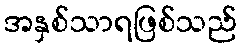
အနှစ်သာရဖြစ်သည်